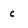
Character: c